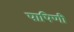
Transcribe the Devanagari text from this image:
पापिणी